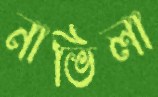
নাভিলা